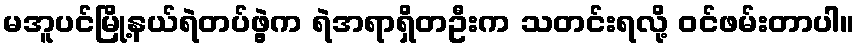
မအူပင်မြို့နယ်ရဲတပ်ဖွဲ့က ရဲအရာရှိတဦးက သတင်းရလို့ ဝင်ဖမ်းတာပါ။